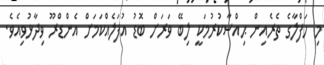
މި ހަފްލާގެ ތެރެއިން ޙިއްސާކުރުމަކީ ލިބޭ ވަރަށް ބޮޑު އުފަލެއްކަމަށް އެންޑްރޫ ވިދާޅުވިއެވެ.